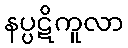
နပ္ပဋိကူလာ